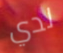
لدي